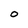
Character: O